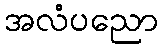
အလံပညော